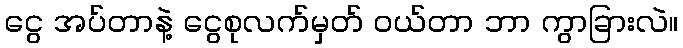
ငွေ အပ်တာနဲ့ ငွေစုလက်မှတ် ဝယ်တာ ဘာ ကွာခြားလဲ။